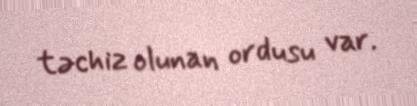
təchiz olunan ordusu var.